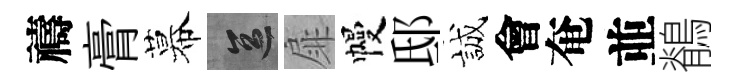
禱膏幕區扉幔邸誠會奄並鶺